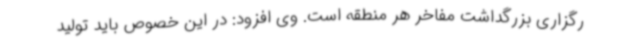
رگزاری بزرگداشت مفاخر هر منطقه است. وی افزود: در این خصوص ‌باید تولید